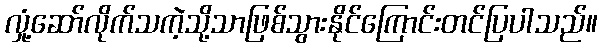
လှုံ့ဆော်လိုက်သကဲ့သို့သာဖြစ်သွားနိုင်ကြောင်းတင်ပြပါသည်။